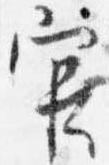
官